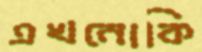
এখনোকি